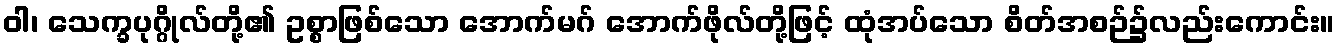
ဝါ၊ သေက္ခပုဂ္ဂိုလ်တို့၏ ဥစ္စာဖြစ်သော အောက်မဂ် အောက်ဖိုလ်တို့ဖြင့် ထုံအပ်သော စိတ်အစဉ်၌လည်းကောင်း။